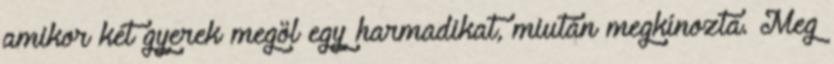
amikor két gyerek megöl egy harmadikat, miután megkínozta. Meg